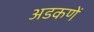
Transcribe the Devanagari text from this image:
अडकणें